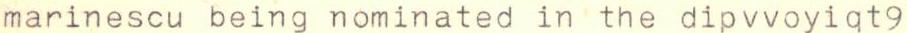
marinescu being nominated in the dipvvoyiqt9